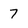
Character: 7